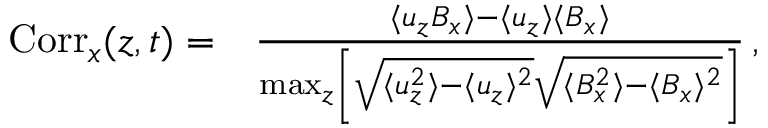
\begin{array} { r l } { \mathrm { C o r r } _ { x } ( z , t ) = } & { \frac { \langle u _ { z } B _ { x } \rangle - \langle u _ { z } \rangle \langle B _ { x } \rangle } { \operatorname* { m a x } _ { z } \left[ \sqrt { \langle u _ { z } ^ { 2 } \rangle - \langle u _ { z } \rangle ^ { 2 } } \sqrt { \langle B _ { x } ^ { 2 } \rangle - \langle B _ { x } \rangle ^ { 2 } } \right] } \, , } \end{array}